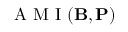
\mathrm { ~ A ~ M ~ I ~ } ( \mathbf { B } , \mathbf { P } )